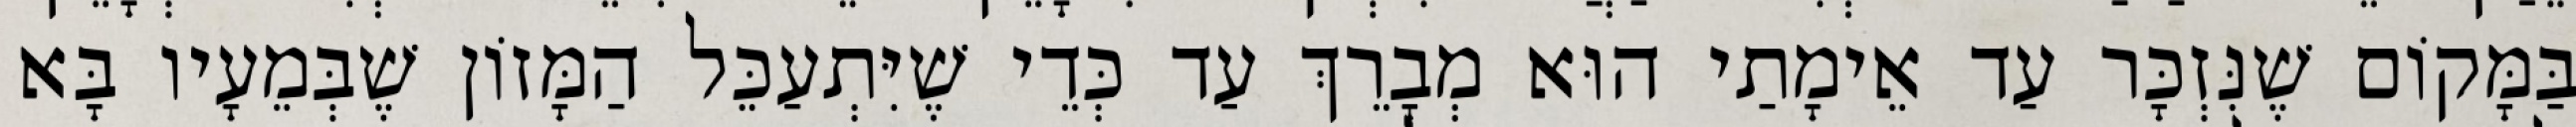
בַּמָּקוֹם שֶׁנִּזְכָּר עַד אֵימָתַי הוּא מְבָרֵךְ עַד כְּדֵי שֶׁיִּתְעַכֵּל הַמָּזוֹן שֶׁבְּמֵעָיו בָּא